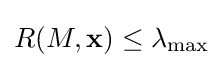
R(M,\mathbf {x} )\leq \lambda _{\max }